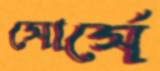
সোর্সে